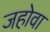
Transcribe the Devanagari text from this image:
जहोवा